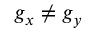
g _ { x } \neq g _ { y }